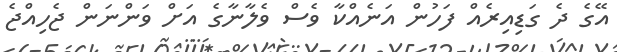
އޭގެ ދެ ގަޑިއިރެއް ފަހުން އަނެއްކާ ވެސް ވެލާނާގެ އަށް ވަންނަން ޖެހިއްޖެ